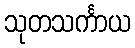
သုတသင်္ကာယ